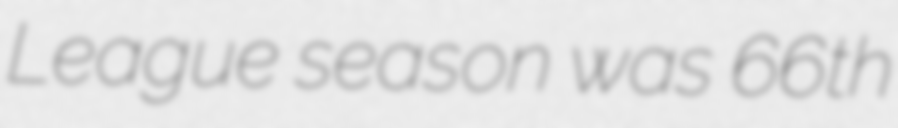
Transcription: League season was 66th